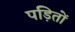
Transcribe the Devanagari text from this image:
पड़ितों